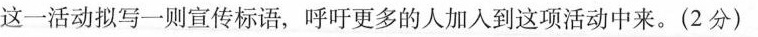
这一活动拟写一则宣传标语，呼吁更多的人加入到这项活动中来。(2分)